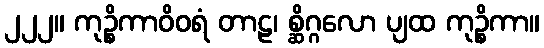
၂၂၂။ ကုဉ္စိကာဝိဝရံ တာဠ၊ စ္ဆိဂ္ဂလော ပျထ ကုဉ္စိကာ။